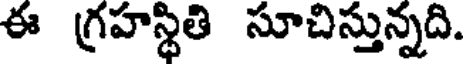
ఈ గ్రహస్థితి సూచిస్తున్నది.